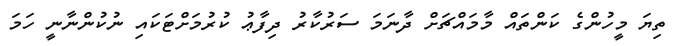
ތިޔަ މީހުންގެ ކަންތައް މާމައްޗަށް ދާނަމަ ސަރުކާރު ދިފާޢު ކުރުމަށްޓަކައި ނުކުންނާނީ ހަމަ